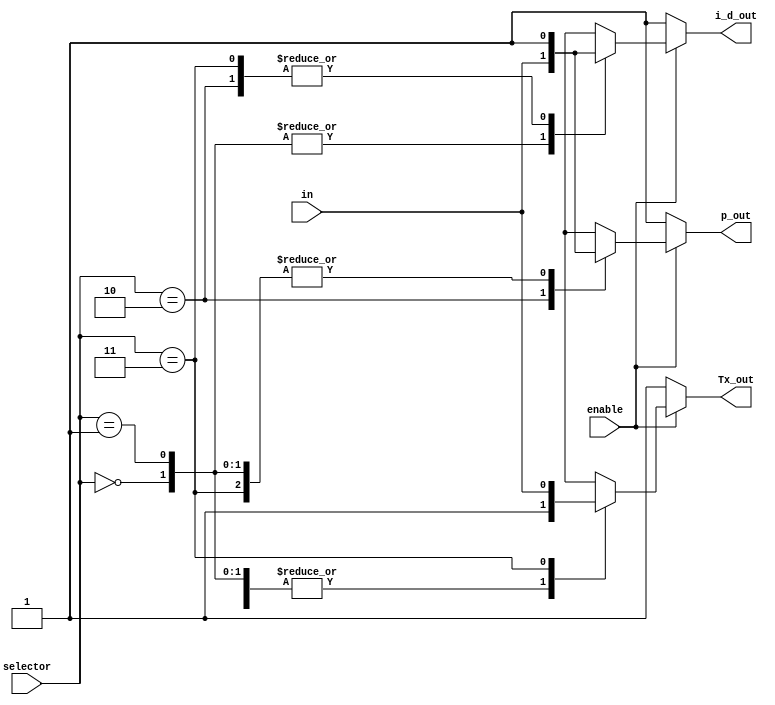
module key_split(in,Tx_out,p_out,i_d_out,enable,selector);

input in;
input enable;
input [1:0] selector;    
output reg Tx_out=1,p_out=1,i_d_out=1;

parameter  DIRECT_TO_IDLE =2'b00;
parameter  DIRECT_TO_Rx   =2'b01;
parameter  DIRECT_TO_P    =2'b10;
parameter  DIRECT_TO_Tx   =2'b11;

always @(in,selector,enable)
	if (enable==1)
		begin
			case(selector)
				DIRECT_TO_IDLE:
					begin
						Tx_out  <= 1;
						p_out   <= 1;
						i_d_out <= in;
					end
				DIRECT_TO_Rx:
					begin
						Tx_out  <= 1;
						p_out   <= 1;
						i_d_out <= in;
					end
				DIRECT_TO_P:
					begin
						Tx_out  <= 1;
						p_out   <= in;
						i_d_out <= 1;
					end
				DIRECT_TO_Tx:
					begin
						Tx_out  <= in;
						p_out   <= 1;
						i_d_out <= 1;
					end
				default:
					begin
						Tx_out  <= 1;
						p_out   <= 1;
						i_d_out <= 1;
					end				
			endcase
		end
	else 
		begin
			Tx_out  <= 1;
			p_out   <= 1;
			i_d_out <= 1;
		end
endmodule